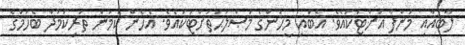
ލާބައާއި މަންފާ އަށްޓަކައެވެ. އެބައި މީހުންގެ މަޞްލަޙަތަށްޓަކައެވެ. އެހެން ކަމުން ތަރިކަމުދާ ބެހުމުގެ